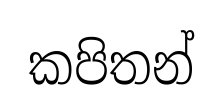
කපිතන්